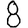
Digit: 8